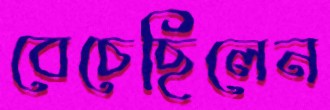
বেচেছিলেন